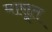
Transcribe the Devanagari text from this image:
मासूत